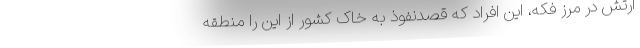
ارتش در مرز فکه، این افراد که قصدنفوذ به خاک کشور از این را منطقه